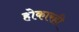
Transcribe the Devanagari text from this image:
होकारही